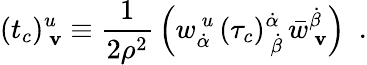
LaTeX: (t_{c})_{~\mathbf{v}}^{u}\equiv{\frac{{1}}{{2\rho^{2}}}}\left(w_{\dot{{\alpha}}}^{~u}\, (\tau_{c})_{~\dot{{\beta}}}^{\dot{{\alpha}}}\, \bar{{w}}_{~\mathbf{v}}^{\dot{{\beta}}}\right)~~.